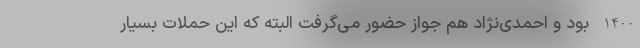
1400 بود و احمدی‌نژاد هم جواز حضور می‌گرفت البته که این حملات بسیار